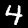
Label: 4